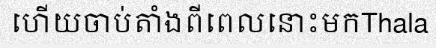
ហើយចាប់តាំងពីពេលនោះមកThala